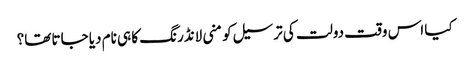
کیا اس وقت دولت کی ترسیل کو منی لانڈرنگ کا ہی نام دیا جاتا تھا؟